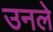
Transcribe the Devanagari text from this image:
उनले